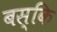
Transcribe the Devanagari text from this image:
बस्कि